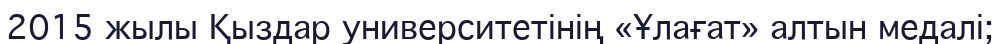
2015 жылы Қыздар университетінің «Ұлағат» алтын медалі;